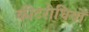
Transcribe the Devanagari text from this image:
कीटरोधियों